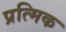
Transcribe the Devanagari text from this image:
प्रत्मिक